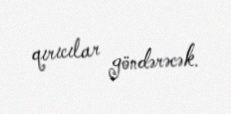
qırıcılar göndərəcək.